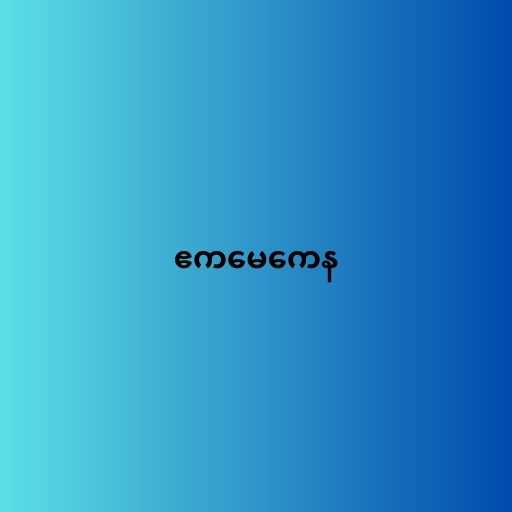
ဧကမေကေန